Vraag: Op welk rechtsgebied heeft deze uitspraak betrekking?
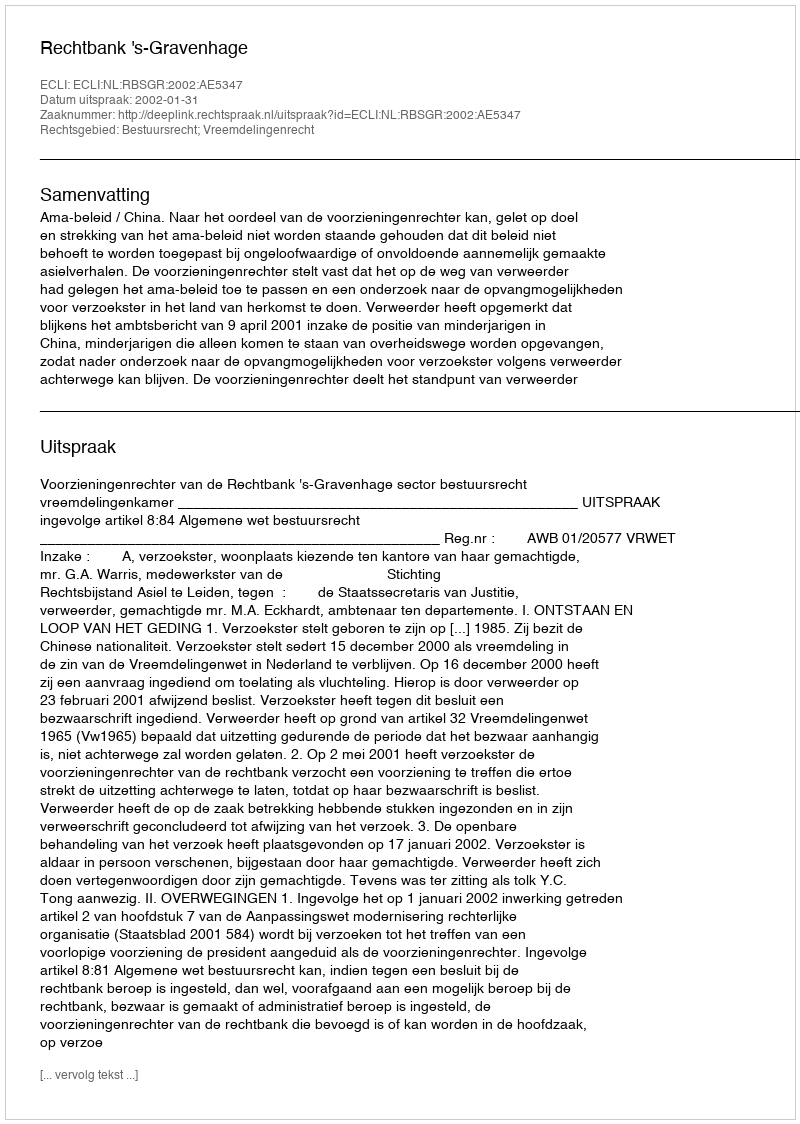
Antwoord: Bestuursrecht; Vreemdelingenrecht